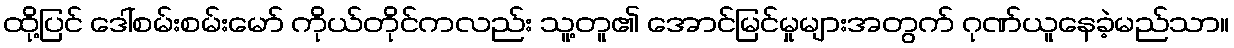
ထို့ပြင် ဒေါ်စမ်းစမ်းမော် ကိုယ်တိုင်ကလည်း သူ့တူ၏ အောင်မြင်မှုများအတွက် ဂုဏ်ယူနေခဲ့မည်သာ။